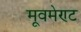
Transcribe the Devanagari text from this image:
मूवमेण्ट